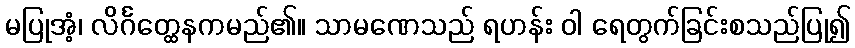
မပြုအံ့၊ လိင်္ဂတ္ထေနကမည်၏။ သာမဏေသည် ရဟန်း ဝါ ရေတွက်ခြင်းစသည်ပြု၍